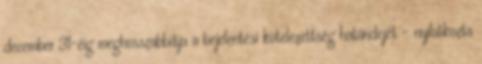
december 31-éig meghosszabbítja a bejelentési kötelezettség határidejét - nyilatkozta